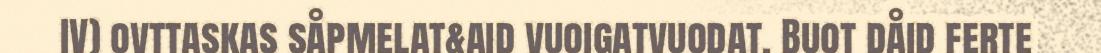
IV) ovttaskas såpmelat&aid vuoigatvuodat. Buot dåid ferte